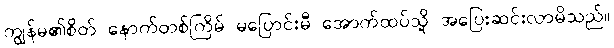
ကျွန်မ၏စိတ် နောက်တစ်ကြိမ် မပြောင်းမီ အောက်ထပ်သို့ အပြေးဆင်းလာမိသည်။